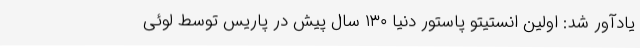
یادآور شد: اولین انستیتو پاستور دنیا ۱۳۰ سال پیش در پاریس توسط لوئی